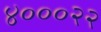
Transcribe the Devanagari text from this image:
४०००२२